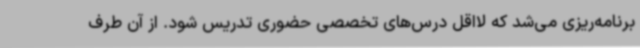
برنامه‌ریزی می‌شد که لااقل درس‌های تخصصی حضوری تدریس شود. از آن طرف